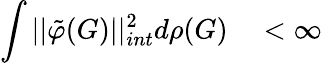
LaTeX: \int||{\tilde{\varphi}}(G)||_{int}^{2}d\rho(G)\quad<\infty